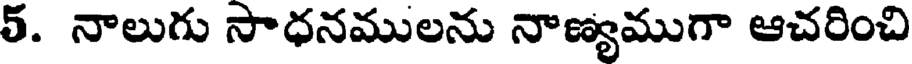
5. నాలుగు సాధనములను నాణ్యముగా ఆచరించి